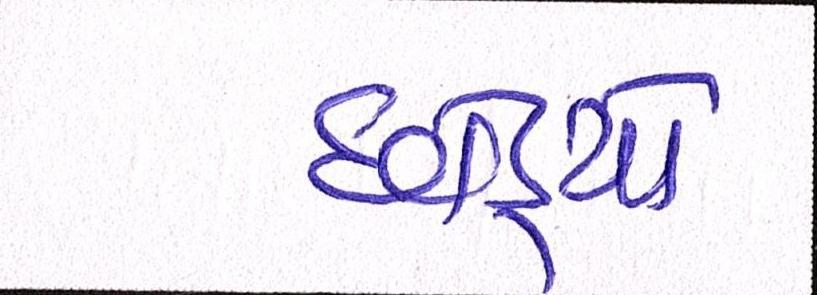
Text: છોડ્યો